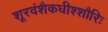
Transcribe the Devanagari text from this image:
शूरवंशैकधीश्शौरिः